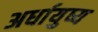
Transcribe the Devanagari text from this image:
अर्धायुष्य